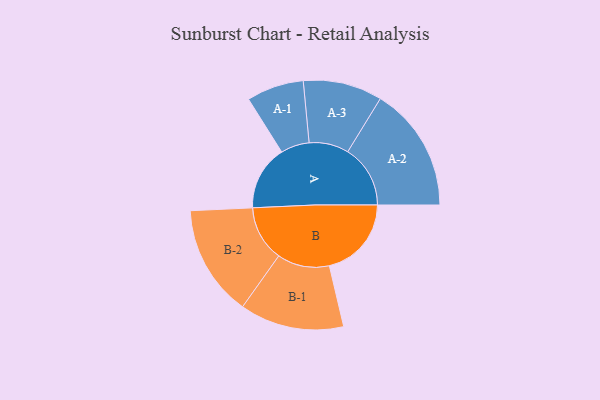
{"axis": {"x": "Segment", "y": "Value"}, "legend": ["", "A", "B"], "data": [{"x": "A", "y": 242, "type": ""}, {"x": "B", "y": 307, "type": ""}, {"x": "A-1", "y": 107, "type": "A"}, {"x": "A-2", "y": 234, "type": "A"}, {"x": "A-3", "y": 148, "type": "A"}, {"x": "B-1", "y": 195, "type": "B"}, {"x": "B-2", "y": 208, "type": "B"}]}